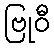
ဗြုဝီ